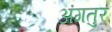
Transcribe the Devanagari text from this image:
अंगतुर